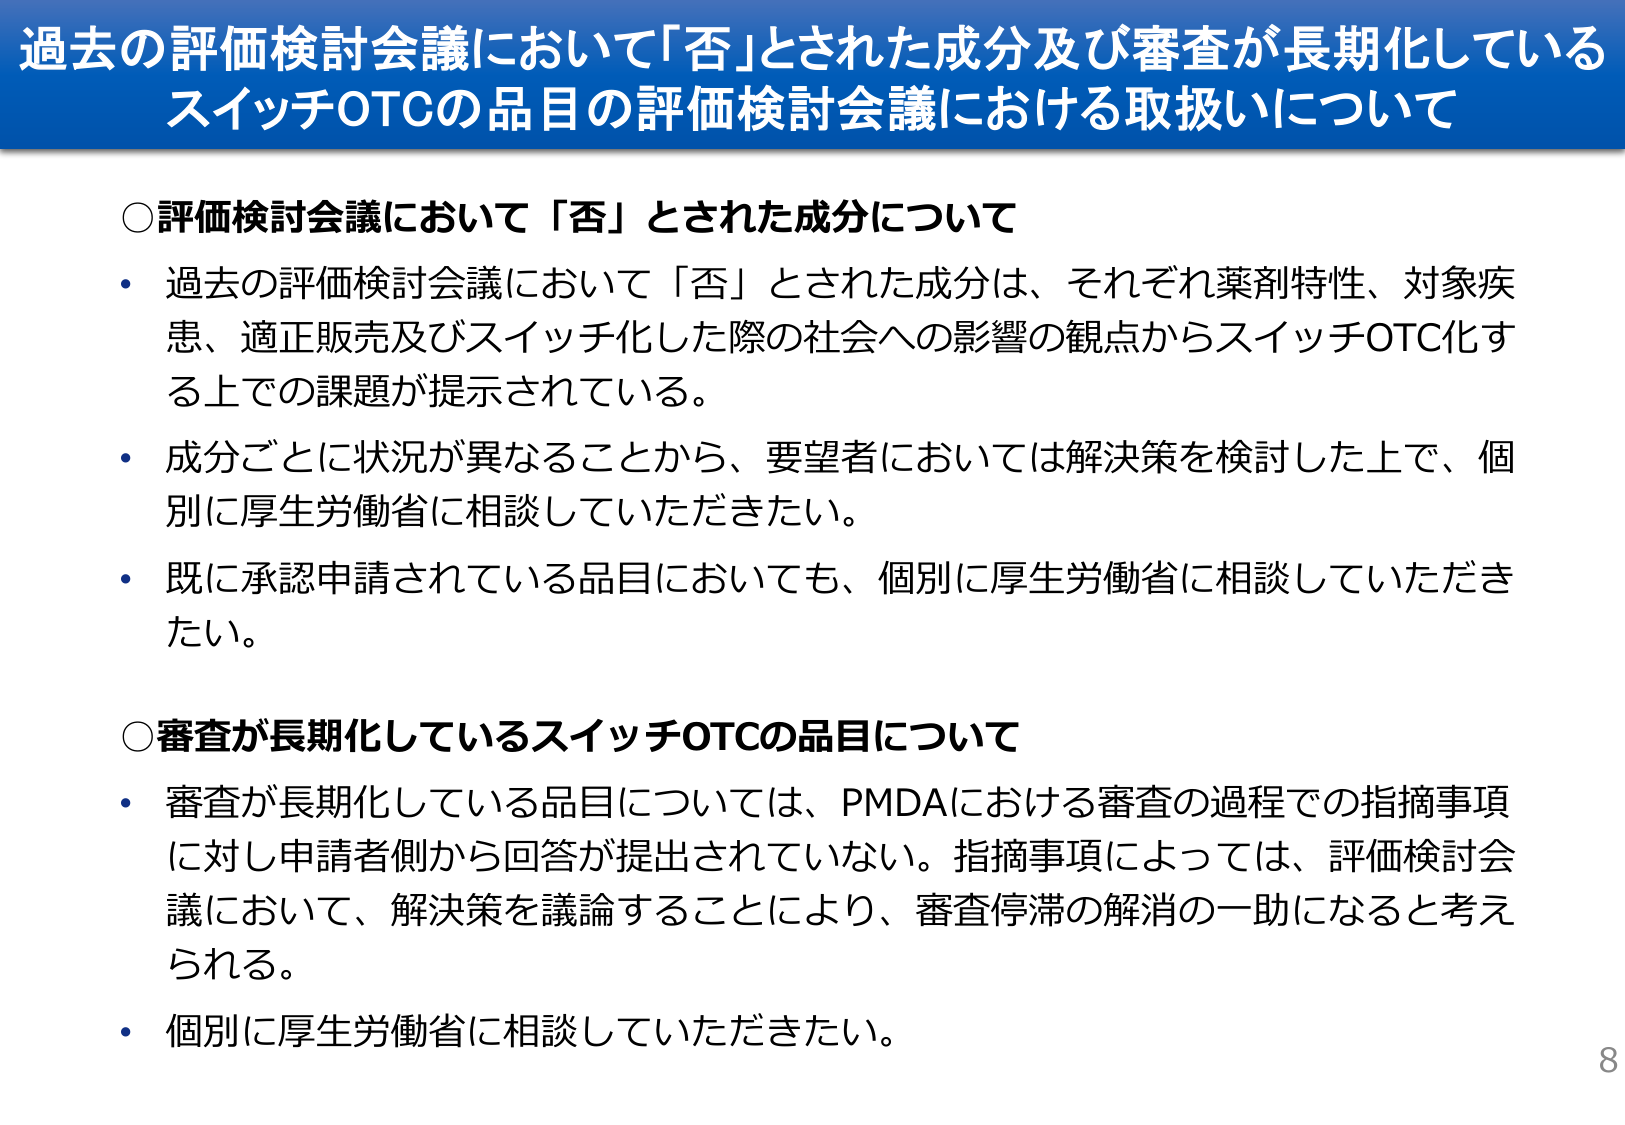
過去の評価検討会議において「否」とされた成分及び審査が長期化している
スイッチOTCの品目の評価検討会議における取扱いについて

○評価検討会議において「否」とされた成分について
・過去の評価検討会議において「否」とされた成分は、それぞれ薬剤特性、対象疾患、適正販売及びスイッチ化した際の社会への影響の観点からスイッチOTC化する上での課題が提示されている。
・成分ごとに状況が異なることから、要望者においては解決策を検討した上で、個別に厚生労働省に相談していただきたい。
・既に承認申請されている品目においても、個別に厚生労働省に相談していただきたい。

○審査が長期化しているスイッチOTCの品目について
・審査が長期化している品目については、PMDAにおける審査の過程での指摘事項に対し申請者側から回答が提出されていない。指摘事項によっては、評価検討会議において、解決策を議論することにより、審査停滞の解消の一助になると考えられる。
・個別に厚生労働省に相談していただきたい。

8